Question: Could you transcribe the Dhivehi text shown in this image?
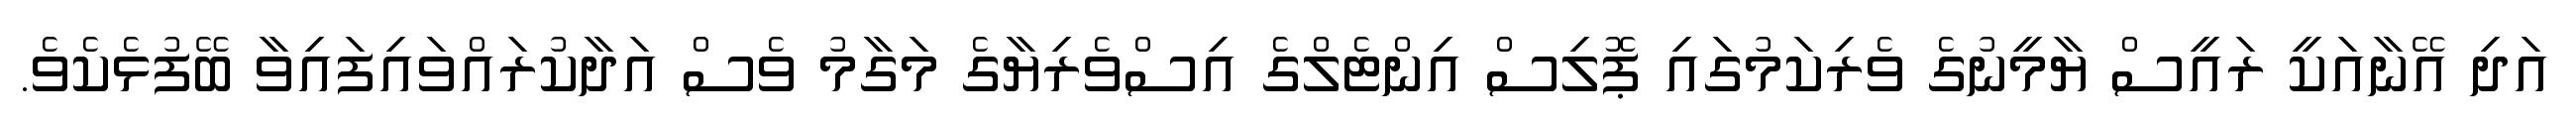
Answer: އަދި އޭނާއަކީ ރައީސް ޔާމީނުގެ ވެރިކަމުގައި ޕޮލިސް އިންޓެލްގެ އިސްވެރިޔާގެ މަގާމު ވެސް އަދާކުރައްވައިފައިވާ ބޭފުޅެކެވެ.